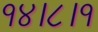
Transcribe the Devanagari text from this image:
१४।८।१